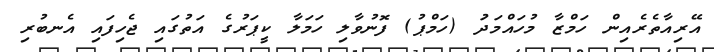
އޭރިއާތެރެއިން ހަމްޒާ މުހައްމަދުަ (ހަމްޕު) ފޮނުވާލި ހަމަލާ ކީޕަރުގެ އަތުގައި ޖެހިފައި އެނބުރި